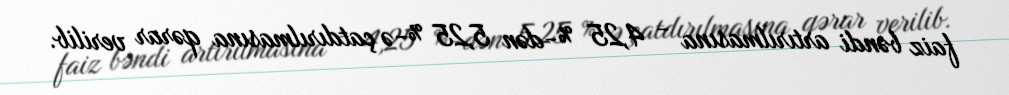
faiz bəndi artırılmasına - 4,25 %-dən 5,25 %-ə çatdırılmasına qərar verilib.